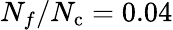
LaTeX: N_{f}/N_{\mathrm{c}}=0.04